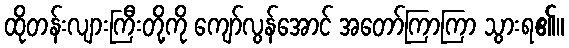
ထိုတန်းလျားကြီးတို့ကို ကျော်လွန်အောင် အတော်ကြာကြာ သွားရ၏။